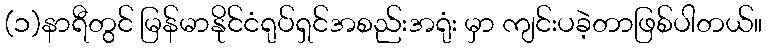
(၁)နာရီတွင် မြန်မာနိုင်ငံရုပ်ရှင်အစည်းအရုံး မှာ ကျင်းပခဲ့တာဖြစ်ပါတယ်။